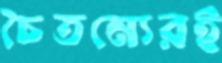
চৈতন্যেরই